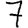
Digit: 7